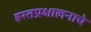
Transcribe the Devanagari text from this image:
हस्तप्रक्षालनाचे